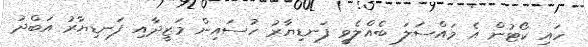
ހައި ކޯޓުން އެ މައްސަލަ ބެއްލެވީ ފަނޑިޔާރު ހުސައިން މަޒީދާއި ފަނޑިޔާރު އަބްދު